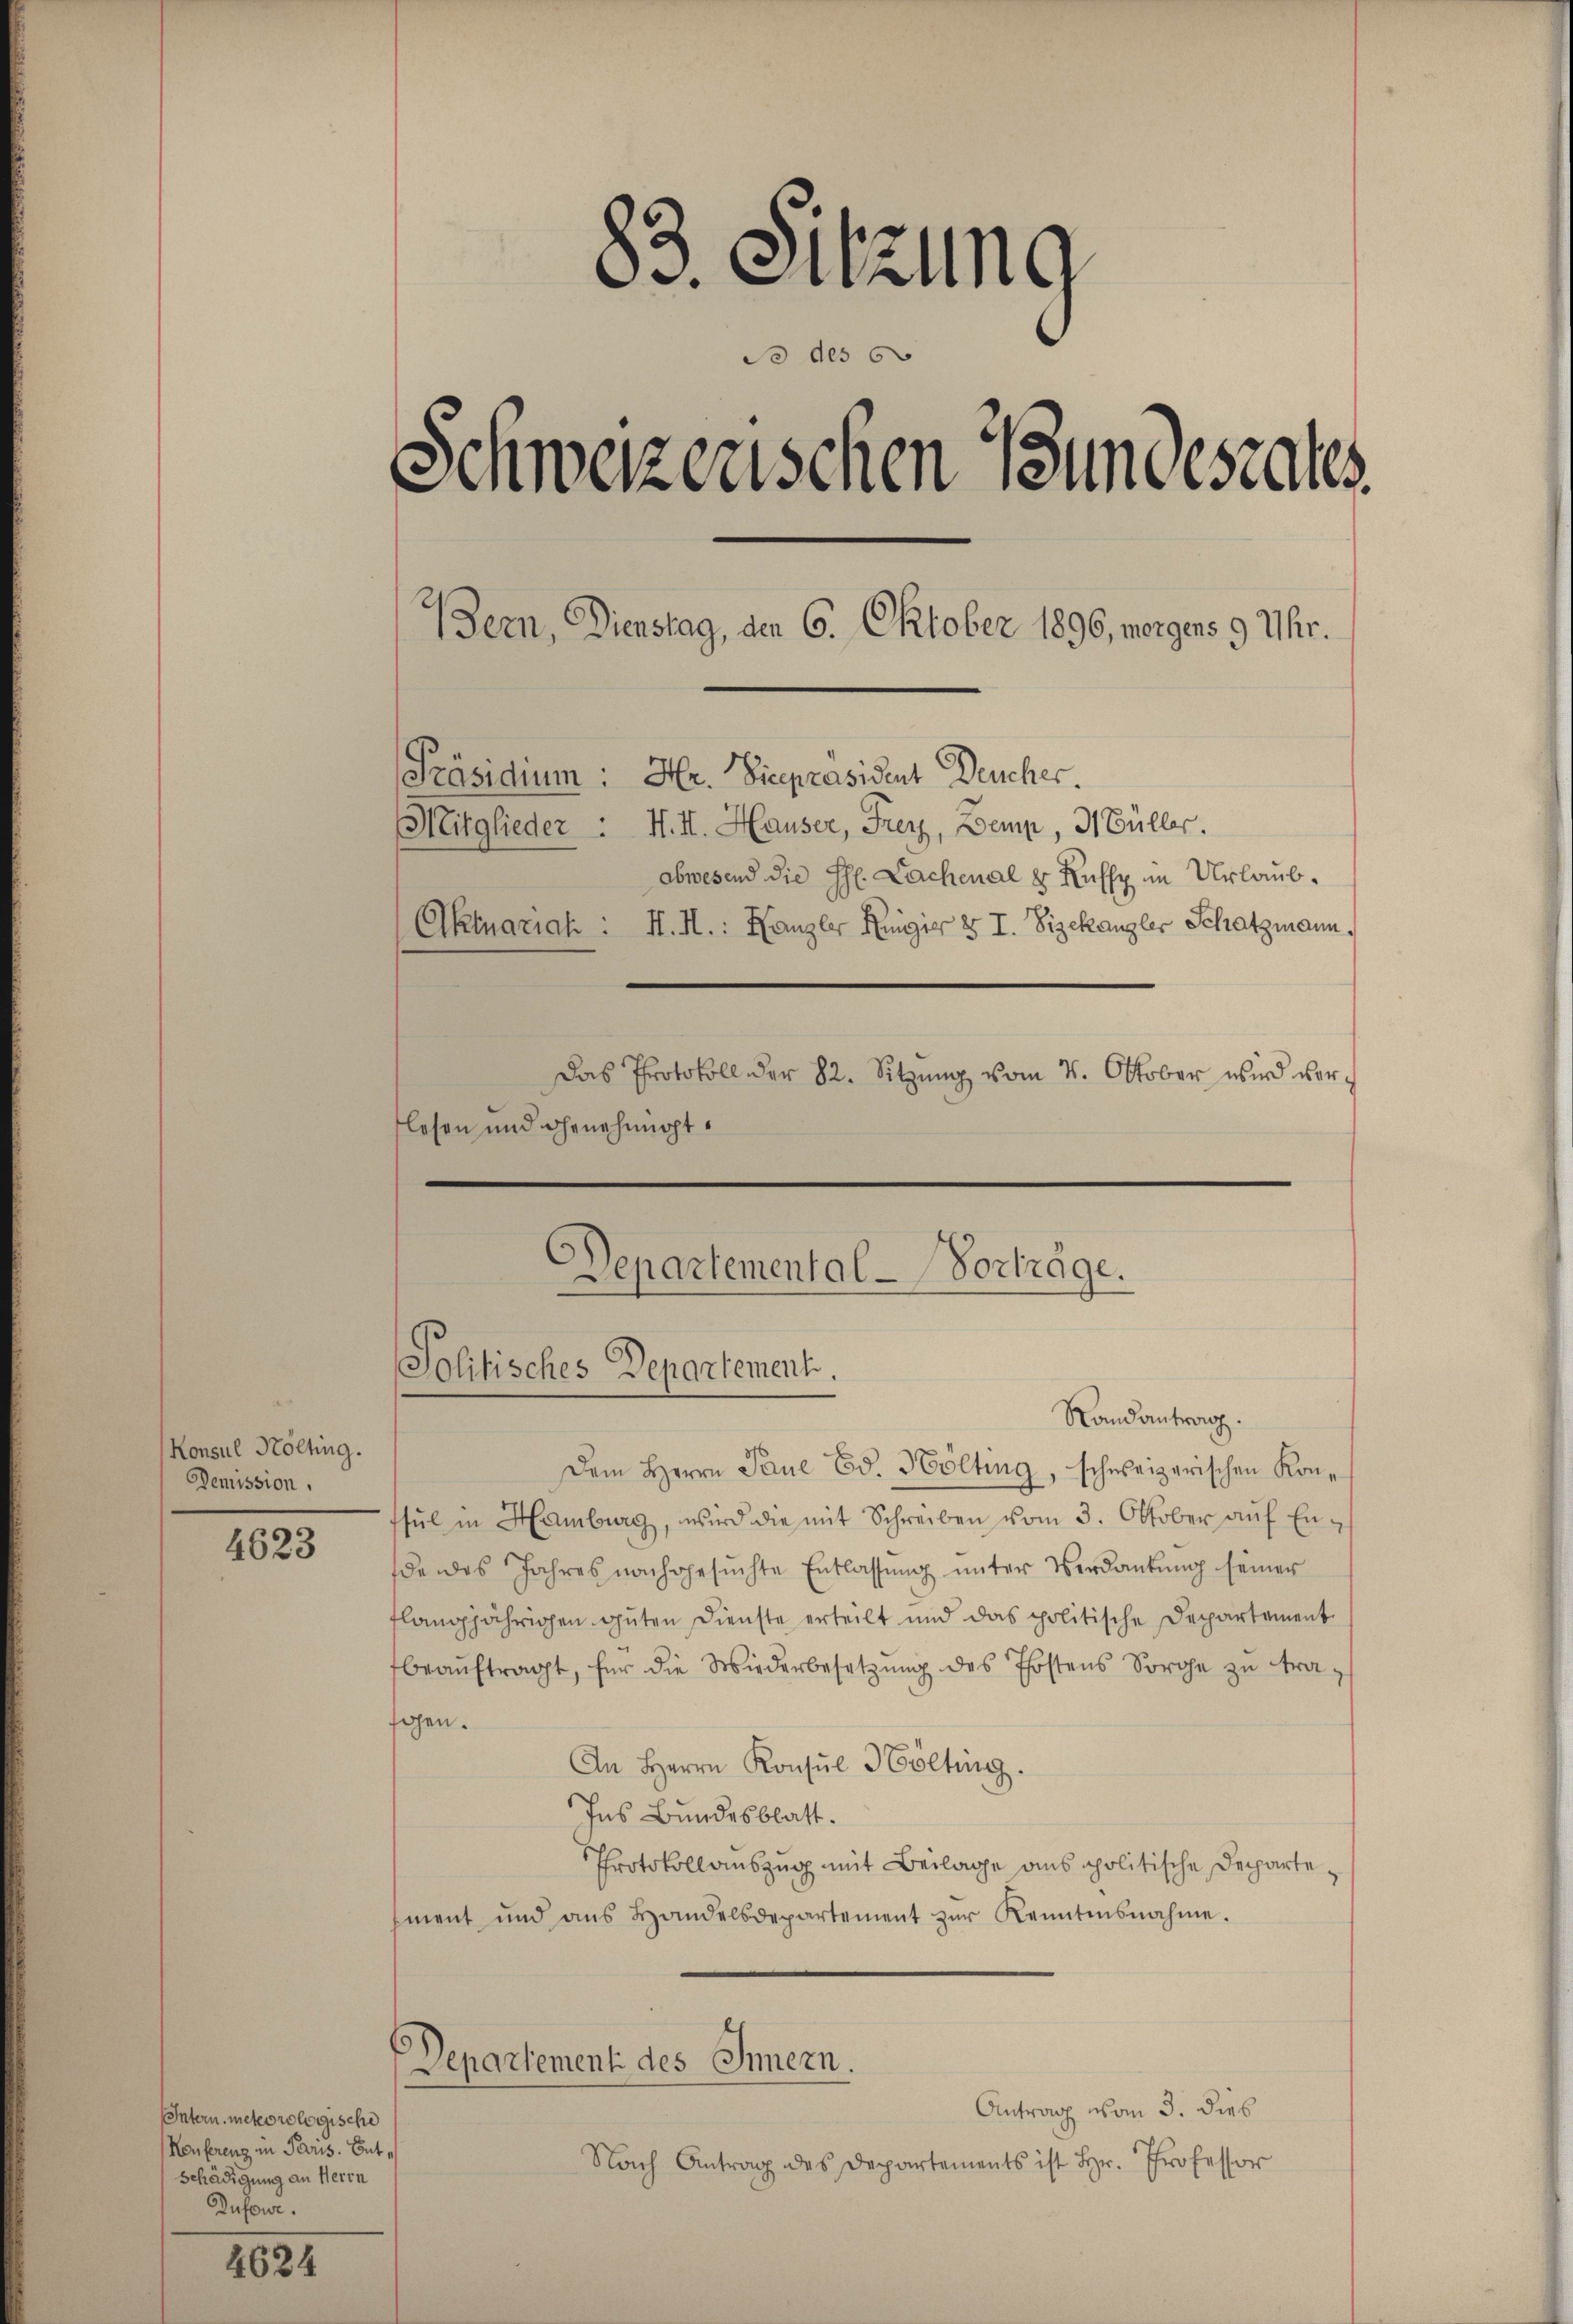
Konsul Költing.
Denussion,

4623

Intern, meteorologische
Konferenz in Paris. Entschädigung an Herrn
Dufour.

4624

83. Sitzung
So des 6
Schweizerischen Bundesrates
Bern, Dienstag, den 6. Oktober 1896, morgens 9 Uhr.
Präsidium: Hr. Vicepräsident Deucher.
Mitglieder. H. II. Hauser, Frey, Demp, 31 Büller.
abwesend die H. Lachenal 8 Kuffy im Urlaub¬
Aktuariah: H. H.: Kanzler Regier 3 I. Zizekanzler Schatzmann,
Das Protokoll der 82. Sitzŭng vom 7. Oktober wird verflosen und Genehmigt.

Departemental-Vorträge.
Politisches Departement.
Randantrag.

Dem Herrn Paue Ed. Hölting, schweizerischen Konsŭl in Hamburg, wird die mit Schreiben vom 3. Oktober aŭf Ende des Jahres nachgesuchte Entlassung unter Verdankung seiner
flangjährigen guten Dienste erteilt und das politische Departement
beaŭftragt, für die Wiederbesetzung des Postens Sorge zu tragen.
An Herrn Konsŭl Hölting.
Ins Bundesblatt.
Protokollauszug mit Beilage aus politische Departement und aŭs Handelsdepartement zŭr Kenntensnahme.
Departement des Innern.
Antrag vom 3. dies
Nach Antrag des Departements ist Hr. Professor